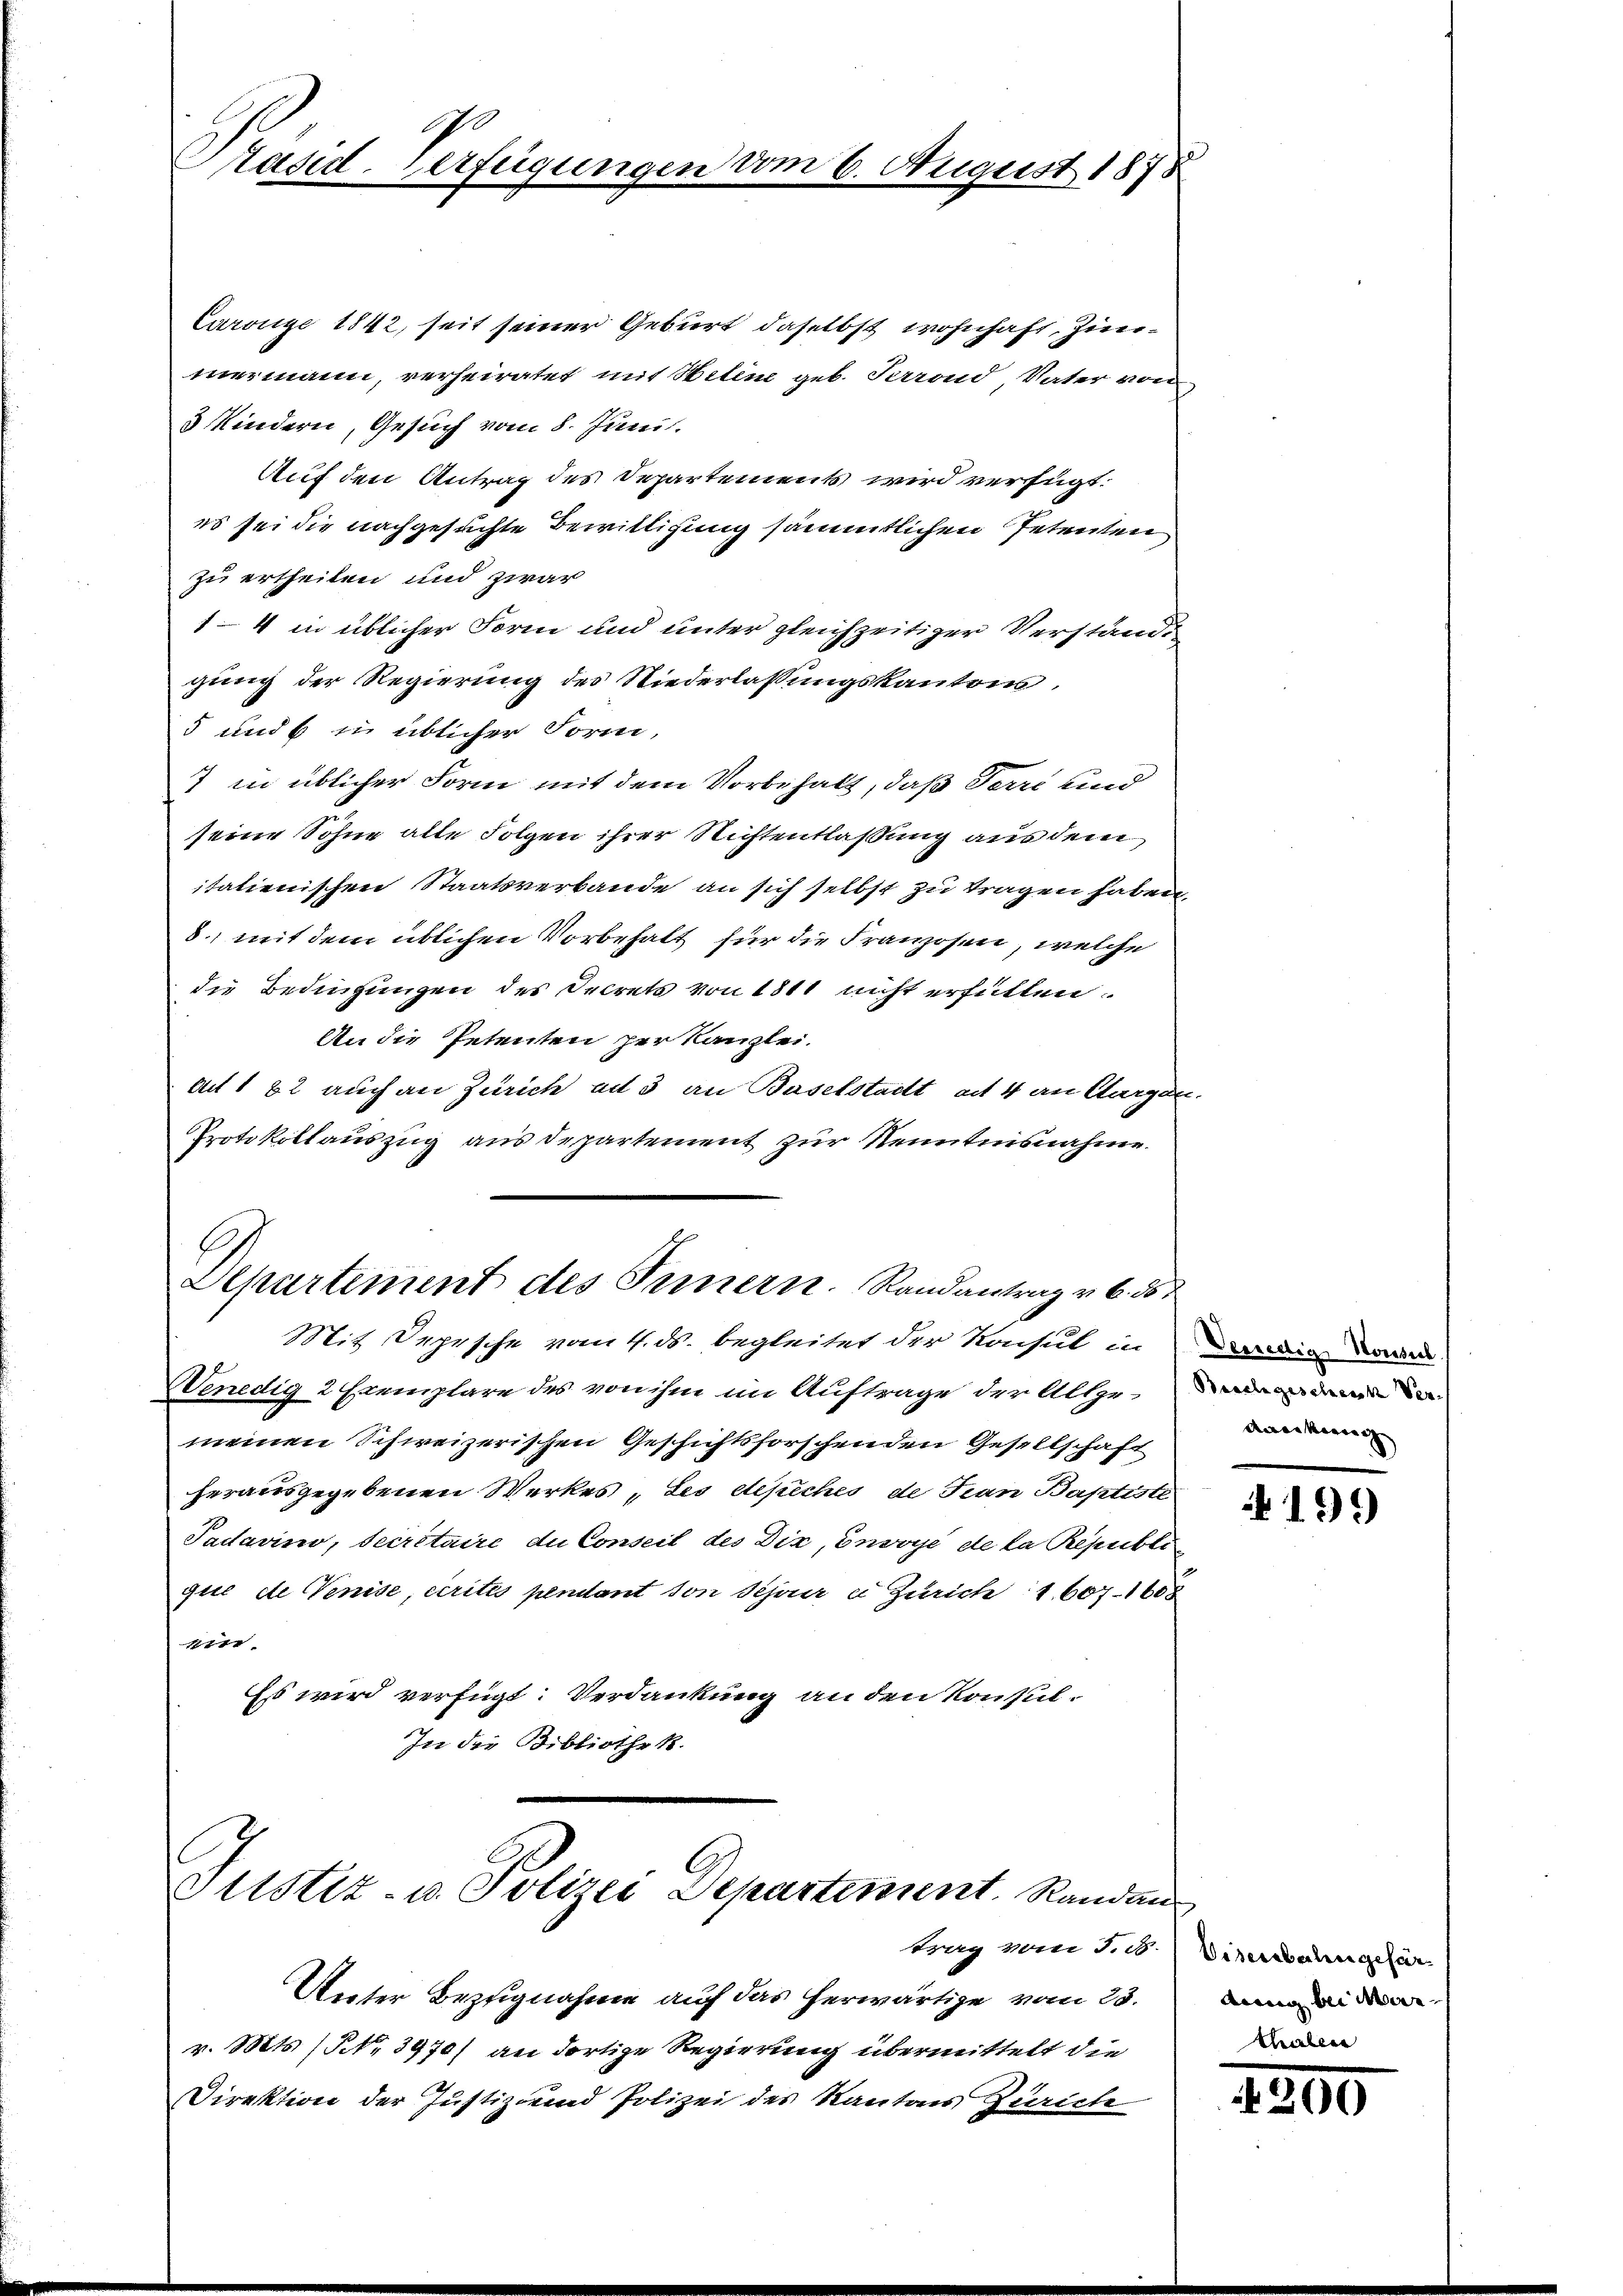
Pasid. Verfügunge

Carönge 1842, seit seiner Geburt daselbst wohnhaft, Zinmermann, verheiratet mit Helene geb. Perrond, Vater von
3 Kindern, Gesuch vom 8. Juni.
Auf den Antrag des Departements wird verfügt:
es sei die nachgesuchte Bewilligung sämmtlichen Petenten
zu ertheilen und zwar
1–4 in üblicher Form und unter gleichzeitiger Verständi
gung der Regierung des Niederlassungskantons,
5 und 6 in üblicher Form,
7 in üblicher Form mit dem Vorbehalt, daß Terri und
seine Sohne alte Folgen ihrer Richtentlaßung aus dem
italienischen Staatsverbande an sich selbst zu tragen haben,
8., mit dem üblichen Vorbehalt für die Franzosen, welche
die Bedingungen des Decrets von 1811 nicht erfüllen.
An die Petenten per Kanzlei.
au 1 82 auch an Zürich an 3 an Baselstadt ad 4 an Augen
Protokollauszug aus departement zur Kenntnisnahme
Departement des Innern. Randantrag v. 6. 55
Mit Depesche vom 4. ds. begleitet der Konsul in Deredige Lan
Wenedig 2 Exemplare des von ihm im Auftrage der Alle den
meinen Schweizerischen Geschichtsforschenden Gesellschaft
herausgegebenen Werkes „Les depeches, de Jean Baptiste
Padavino, Secretaire die Conseil des Dix, envoyé de la Republi
que de Venise, crites pentant von Sehner u Zürich 1607-1608
1
Es wird verfügt: Verdankung an den Konsul¬
In die Bibliothek.

Justiz- u. Polizei Departement. Kanden
trag vom 3. d

August 1875

Unter Bezugnahme auf das herwärtige vom 23.
v. Mts. (NNo. 3970) an dortige Regierung übermittelt die
Direktion der Justiz und Polizei des Kantons Zürich

deeikoenig

199

2. Eisenbahngefär
dung bei Mar

2300